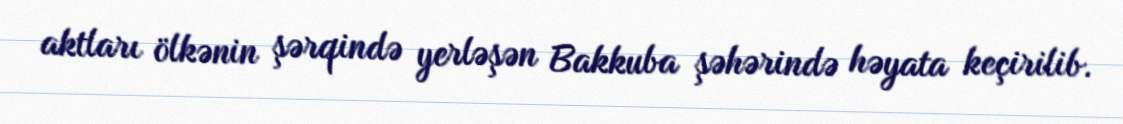
aktları ölkənin şərqində yerləşən Bakkuba şəhərində həyata keçirilib.